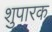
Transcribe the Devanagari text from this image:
शुपारक